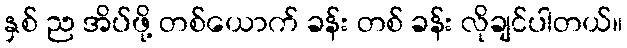
နှစ် ည အိပ်ဖို့ တစ်ယောက် ခန်း တစ် ခန်း လိုချင်ပါတယ်။